system: You are a helpful assistant.
user:
Analyze the provided spectrum to determine if it is a **M-type Giant (gM)**.

A M-type Giant spectrum is defined by its **strong molecular absorption** features, particularly from **Titanium Oxide (TiO)**. You must check for one of the following mutually exclusive signatures:

- **Key Visual Indicators (Absorption-Dominated Spectrum):**

    - **(Primary):** The spectrum is dominated by strong molecular absorption from **Titanium Oxide (TiO)**. This is the **defining feature** of its M-type temperature class.
        - **(Key Bandheads):** Look for sharp, "saw-tooth" absorption valleys. The strongest are located near **~7050 Å**, **~6160 Å**, and **~5170 Å**.
        - **(Line Profile):** The "saw-tooth" morphology is critical: a **sharp, steep drop on the BLUE (short-wavelength) side** of the bandhead, followed by a gradual recovery (rising flux) towards the RED (long-wavelength) side.

    - **(Key Confirmation - Giant vs. Dwarf):** **ABSENCE** of strong **Calcium Hydride (CaH)** molecular bands. This is the primary diagnostic for *excluding* M-dwarfs.
        - **(Key Region):** The spectrum should lack the strong, broad absorption band seen in dwarfs between **~6800 Å and ~7000 Å**.

    - **(Secondary Confirmation - Giant):** A very strong and broad **Neutral Calcium (Ca I)** atomic absorption line.
        - **(Key Line):** Located at **~4226 Å**. In a giant (gM), this line is significantly deeper and broader than the same line in an M-dwarf (dM) due to low surface gravity.

    - **(Overall Spectrum):**
        - The continuum is **extremely red-sloping** (i.e., flux is very low in the blue and rises dramatically towards the red).
        - The entire spectrum appears "chopped up" by the deep TiO bands.

Think first, call **spectral_visualization_tool** if needed to examine features in detail, then provide your final answer. Your response must adhere to the following strict rules:
1.  **Overall Structure:** Your response must follow the format `<think>...</think> <tool_call>...</tool_call> (if a tool is used) <answer>...</answer>`.
2.  **Tool Usage Constraint:** You may only make **one** tool call per turn.
3.  **Final Answer Format:** In the `<answer>` tag, your conclusion must be inside a `\boxed{}` command (e.g., `\boxed{YES}` or `\boxed{NO}`), followed by your justification.

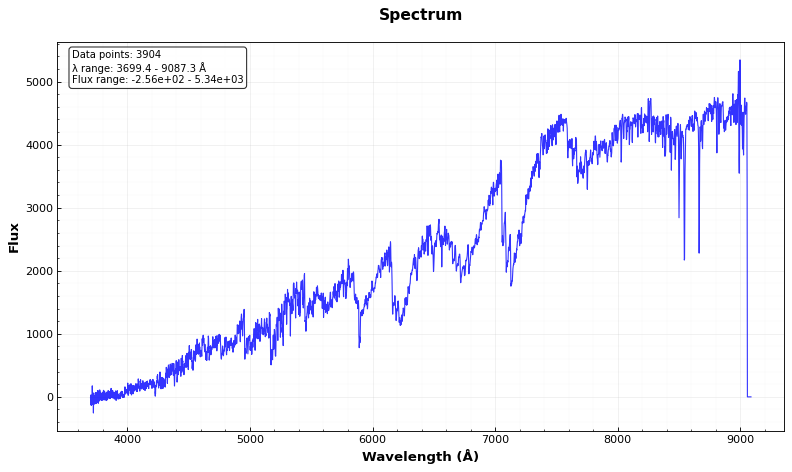
Answer: YES